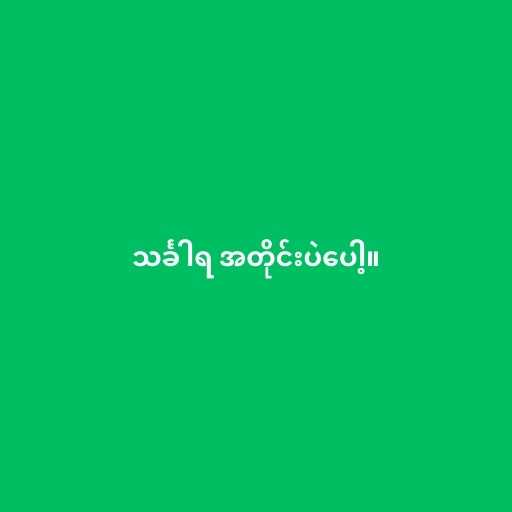
သင်္ခါရ အတိုင်းပဲပေါ့။